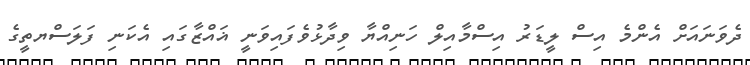
ދެވަނައަށް އެންމެ އިސް ލީޑަރު އިސްމާއިލް ހަނިއްޔާ ވިދާޅުވެފައިވަނީ ޣައްޒާގައި އެކަނި ފަލަސްޔތީގެ